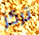
تركز